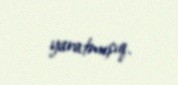
yaratmışıq.